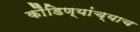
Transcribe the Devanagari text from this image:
कौंडिण्यांच्याच